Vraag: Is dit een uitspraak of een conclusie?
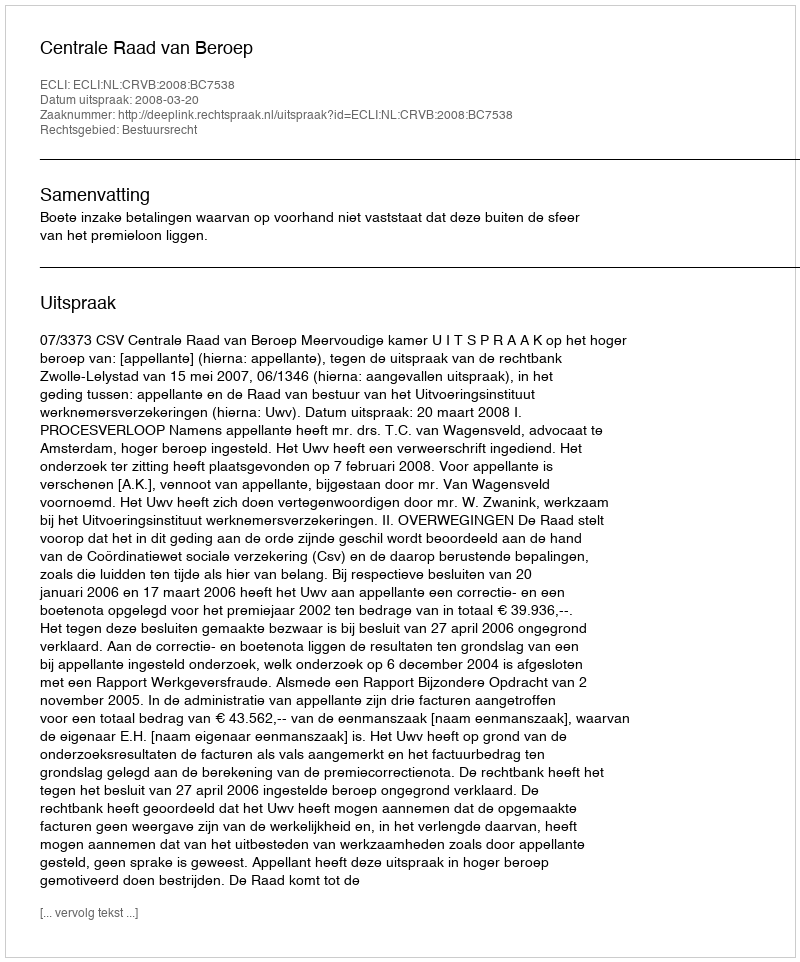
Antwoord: Uitspraak